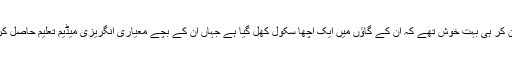
والدین یہ جان کر ہی بہت خوش تھے کہ ان کے گاﺅں میں ایک اچھا سکول کھل گیا ہے جہاں ان کے بچے معیاری انگریزی میڈیم تعلیم حاصل کر سکیں گے۔